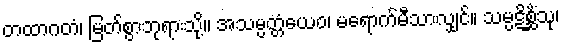
တထာဂတံ၊ မြတ်စွာဘုရားသို့။ အသမ္ပတ္တံယေဝ၊ မရောက်မီသာလျှင်။ သမ္ပဋိစ္ဆိံသု၊